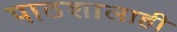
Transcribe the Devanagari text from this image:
पाठशालाही